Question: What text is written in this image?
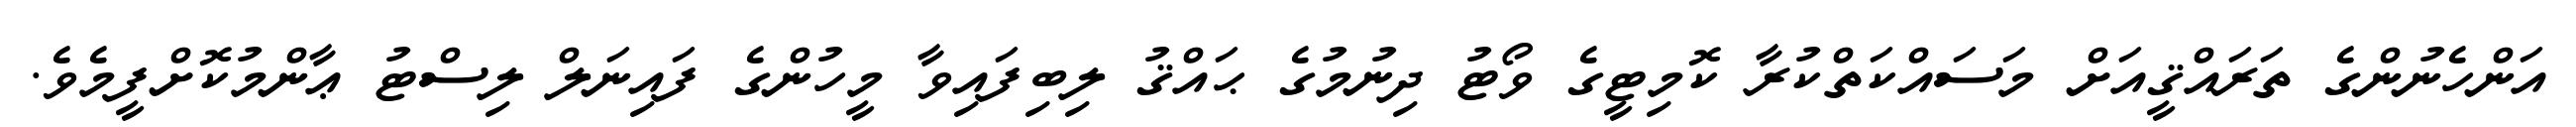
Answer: އަންހެނުންގެ ތަރައްޤީއަށް މަސައްކަތްކުރާ ކޮމިޓީގެ ވޯޓު ދިނުމުގެ ޙައްޤު ލިބިފައިވާ މީހުންގެ ފައިނަލް ލިސްޓު ޢާންމުކޮށްފީމެވެ.